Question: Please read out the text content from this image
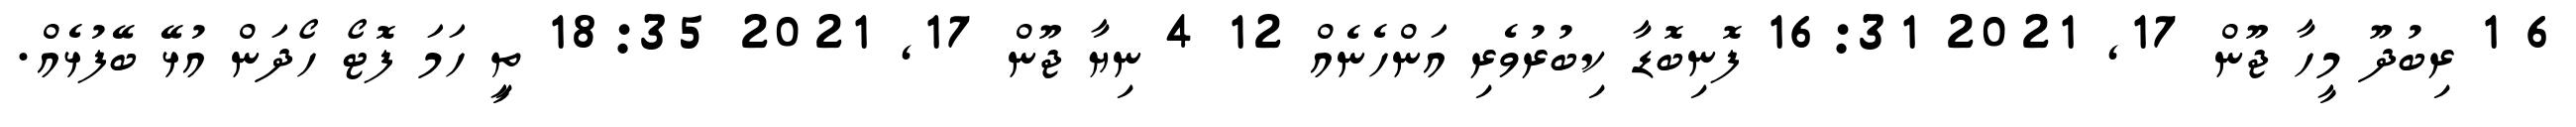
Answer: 6 1 ރިބުދޫ މީހާ ޖޫން 17, 2021 16:31 ފޮނިބޮޑާ ކިބުރުވެރި އަންހެނެއް 12 4 ނިޔާ ޖޫން 17, 2021 18:35 ތިީ ހަމަ ފޮޓޯ ހޯދަން އުޅޭ ބޭފުޅެއް.